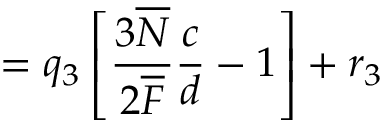
= q _ { 3 } \left[ \frac { 3 \overline { { { N } } } } { 2 \overline { { { F } } } } \frac { c } { d } - 1 \right] + r _ { 3 }